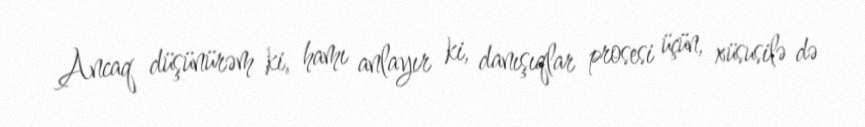
Ancaq düşünürəm ki, hamı anlayır ki, danışıqlar prosesi üçün, xüsusilə də